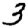
Digit: 3